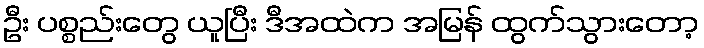
ဦး ပစ္စည်းတွေ ယူပြီး ဒီအထဲက အမြန် ထွက်သွားတော့